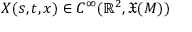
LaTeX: X ( s , t , x ) \in C ^ { \infty } ( \mathbb { R } ^ { 2 } , { \mathfrak { X } } ( M ) )